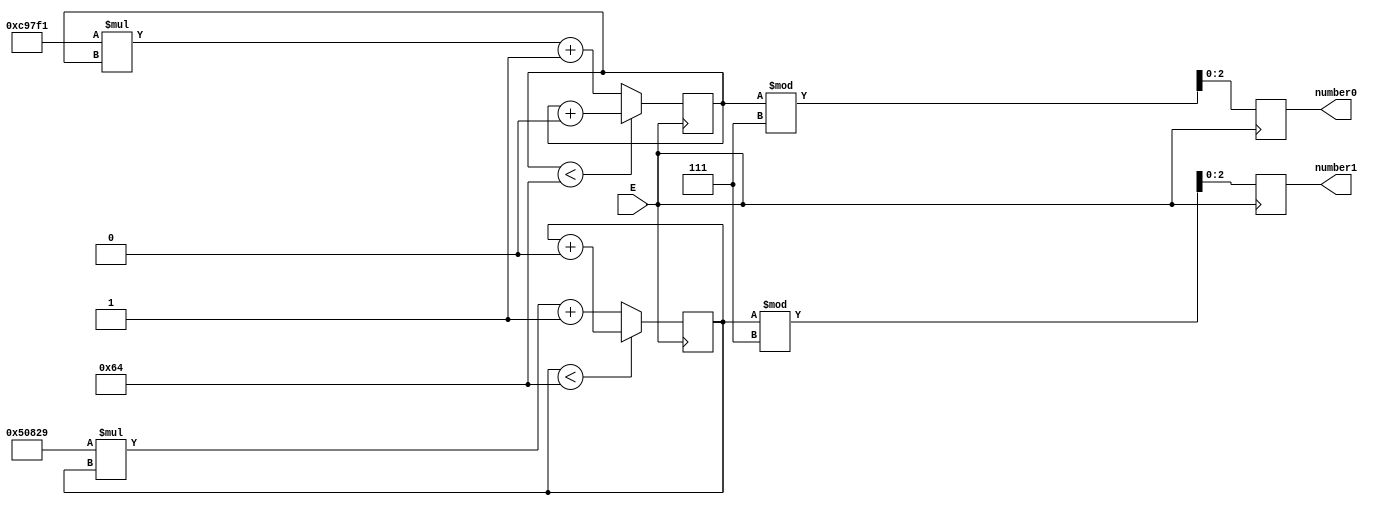
`timescale 1ns / 1ps
//////////////////////////////////////////////////////////////////////////////////
// Company: 
// Engineer: 
// 
// Design Name: 
// Module Name: rando
// Project Name: 
// Target Devices: 
// Tool Versions: 
// Description: 
// 
// Dependencies: 
// 
// Revision:
// Revision 0.01 - File Created
// Additional Comments:
// 
//////////////////////////////////////////////////////////////////////////////////


module rando(input E,
    output reg [2:0] number0, number1
    );
    reg count;
    reg seed0;
    reg seed1;
    reg [31:0] random = 215463165;
    always @ (posedge E)
    begin
        
        seed0 <= (seed0 < 100) ? (seed0 + 2562) : (825329 * seed0 + 23903243);
        number0 <= seed0 % 7;
    end 
    
    always @ (negedge E)
    begin
        seed1 <= (seed1 < 100) ? (seed1 + 6346) : (329769 * seed1 + 345923453);
        number1 <= seed1 % 7;
    end 
endmodule